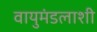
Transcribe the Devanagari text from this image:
वायुमंडलाशी